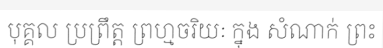
បុគ្គល ប្រព្រឹត្ត ព្រហ្មចរិយៈ ក្នុង សំណាក់ ព្រះ